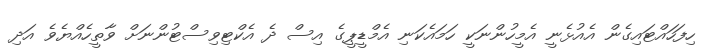
ހިފަހައްޓައިގެން އެއުޅެނީ އެމީހުންނަކީ ހަމައެކަނި އެމްޑީޕީގެ އިސް ދެ އެކްޓިވިސްޓުންނަށް ވާތީހެއްޔެވެ އަދި